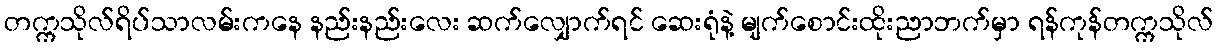
တက္ကသိုလ်ရိပ်သာလမ်းကနေ နည်းနည်းလေး ဆက်လျှောက်ရင် ဆေးရုံနဲ့ မျက်စောင်းထိုးညာဘက်မှာ ရန်ကုန်တက္ကသိုလ်